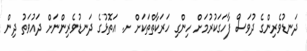
ދަނޑުވެރިންގެ ދުވަސް ފާހަގަކުރުމަށް ހިންގި ހަރަކާތްތަކަށް ށ. އަތޮޅުގެ ދަނޑުވެރިންނަށް ދައުވަތު ދިން